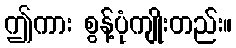
ဤကား စွန့်ပုံကျိုးတည်း။